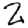
Digit: 2